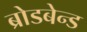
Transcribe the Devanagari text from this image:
ब्रोडबेन्ड